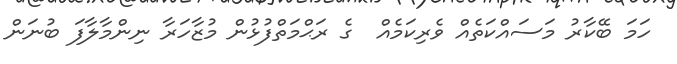
ހަމަ ބޭކާރު މަސައްކަތެއް ވެރިކަމެއް  ގެ ރަޙްމަތްފުޅުން މުޒާހަރާ ނިންމާލާފަ ބުނަން